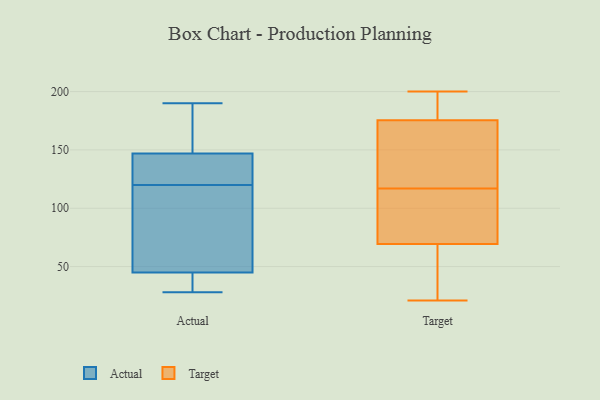
{"axis": {"x": "Operating Costs (USD K)", "y": "Value"}, "legend": ["Actual", "Target"], "data": [{"x": "", "y": 28, "type": "Actual"}, {"x": "", "y": 147, "type": "Actual"}, {"x": "", "y": 45, "type": "Actual"}, {"x": "", "y": 143, "type": "Actual"}, {"x": "", "y": 177, "type": "Actual"}, {"x": "", "y": 38, "type": "Actual"}, {"x": "", "y": 108, "type": "Actual"}, {"x": "", "y": 132, "type": "Actual"}, {"x": "", "y": 190, "type": "Actual"}, {"x": "", "y": 70, "type": "Actual"}, {"x": "", "y": 187, "type": "Target"}, {"x": "", "y": 119, "type": "Target"}, {"x": "", "y": 21, "type": "Target"}, {"x": "", "y": 184, "type": "Target"}, {"x": "", "y": 68, "type": "Target"}, {"x": "", "y": 200, "type": "Target"}, {"x": "", "y": 117, "type": "Target"}, {"x": "", "y": 73, "type": "Target"}, {"x": "", "y": 150, "type": "Target"}, {"x": "", "y": 97, "type": "Target"}, {"x": "", "y": 22, "type": "Target"}]}